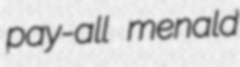
pay-all menald